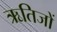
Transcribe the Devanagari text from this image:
ऋतिजों